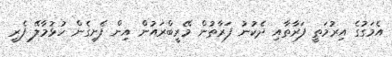
އެމަގުގެ އިރުމަތީ ފަރާތާއި ދެކުނު ފަރާތުން މޭރީބްރައުން އިން ފެށިގެން ހުޅުމާލޭ ފެރީ